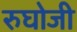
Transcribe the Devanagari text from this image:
रुघोजी